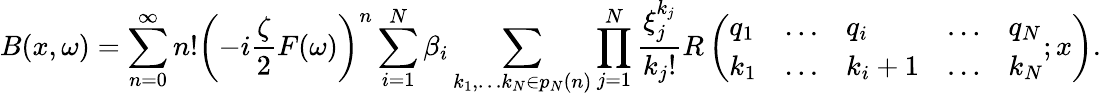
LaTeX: B(x,\omega)=\sum_{n=0}^{\infty}n!\left(-i\frac{\zeta}{2}F(\omega)\right)^{n}\sum_{i=1}^{N}\beta_{i}\sum_{k_{1},\ldots k_{N}\in p_{N}(n)}\prod_{j=1}^{N}\frac{\xi_{j}^{k_{j}}}{k_{j}!}R\left(\begin{array}{lllll}{q_{1}}&{\ldots}&{q_{i}}&{\ldots}&{q_{N}}\\ {k_{1}}&{\ldots}&{k_{i}+1}&{\ldots}&{k_{N}}\end{array};x\right).